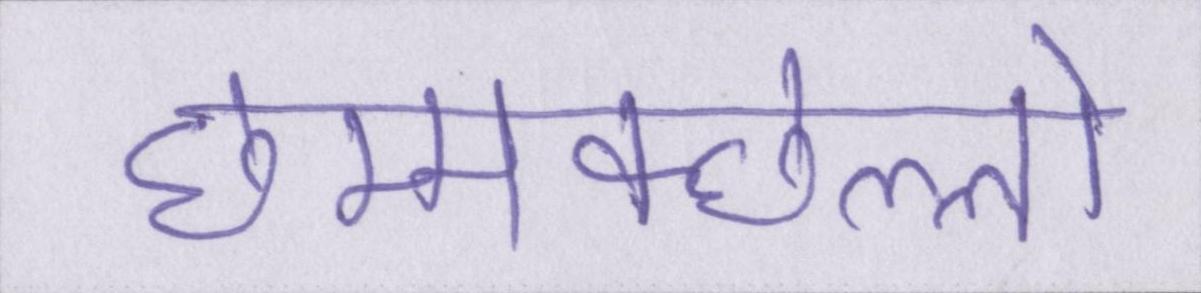
छम्मक्छल्लो